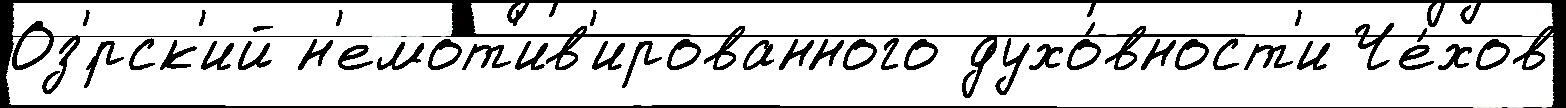
Оз'́рск'ий н'емот'ив'ированного духо́вност'и Че́хов